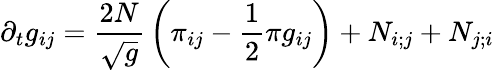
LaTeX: \partial_{t}g_{ij}={\frac{2N}{\sqrt{g}}}\left(\pi_{ij}-{\frac{1}{2}}\pi g_{ij}\right)+N_{i;j}+N_{j;i}